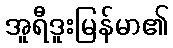
အူရီဒူးမြန်မာ၏